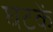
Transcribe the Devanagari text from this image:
घटकें